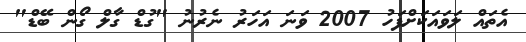
އެތައް ލަވައަކަށްފަހު 2007 ވަނަ އަހަރު ނެރުނު "ގުޑް ގާލް ގޯން ބޭޑް"